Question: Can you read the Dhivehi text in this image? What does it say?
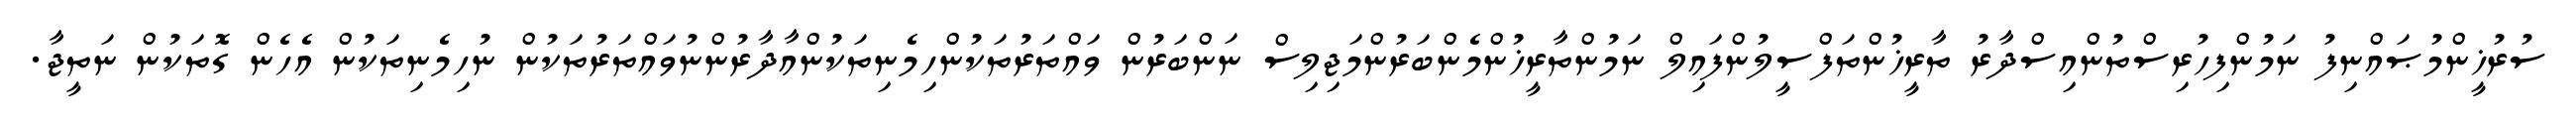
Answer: ސުރުޚީންމުޞައްނިފު ނަމުންފިހުރިސްތުންއިސްދާރު ތާރީޚުންތަފްސީލުންފައިލް ނަމުންތާރީޚުންމެންބަރުންމަޖިލިސް ނަންބަރުން ވައްތަރުތަކުންހިމެނިތަކުންއާދާރުންނުވައްތަރުތަކުން ނުހިމެނިތަކުން އެހެން ގޮތަކުން ނަތީޖާ.